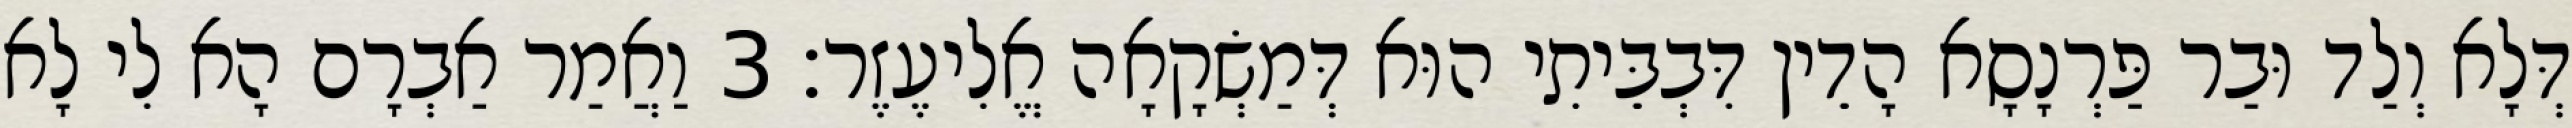
דְּלָא וְלַד וּבַר פַּרְנָסָא הָדֵין דִּבְבֵּיתִי הוּא דְּמַשְׂקָאָה אֱלִיעֶזֶר׃ 3 וַאֲמַר אַבְרָם הָא לִי לָא